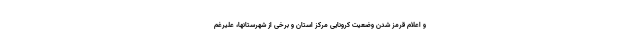
و اعلام قرمز شدن وضعیت کرونایی مرکز استان و برخی از شهرستانها، علیرغم